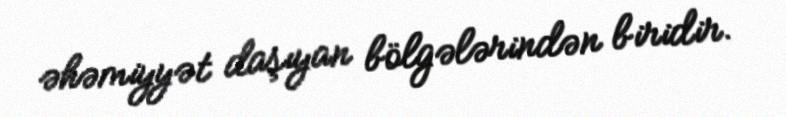
əhəmiyyət daşıyan bölgələrindən biridir.